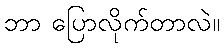
ဘာ ပြောလိုက်တာလဲ။